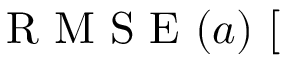
\mathrm { ~ R ~ M ~ S ~ E ~ } ( a ) ~ [ \